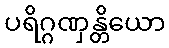
ပရိဂ္ဂဏှန္တိယော